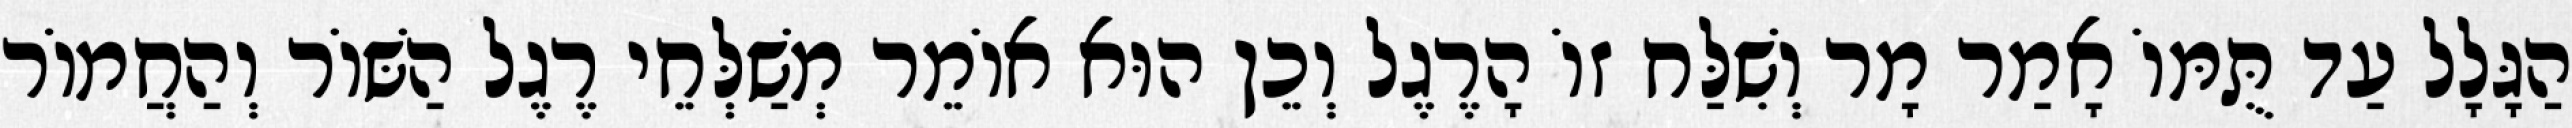
הַגָּלָל עַד תֻּמּוֹ אָמַר מָר וְשִׁלַּח זוֹ הָרֶגֶל וְכֵן הוּא אוֹמֵר מְשַׁלְּחֵי רֶגֶל הַשּׁוֹר וְהַחֲמוֹר